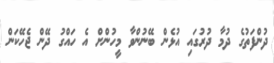
ދުންފަތުގެ ދުމާ ދުރުގައި އުޅެން ބޭނުންވާ މީހުންށް އެ ހައްގު ދޭން ޖެހޭކަން